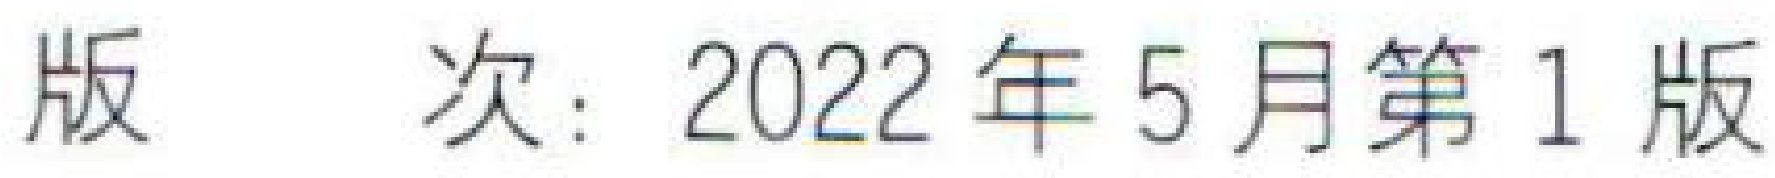
版 次：2022年5月第1版